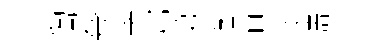
陶夸宰邦第迄坤淡濤